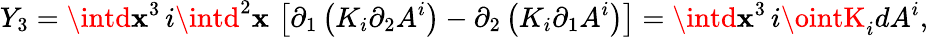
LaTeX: Y_{3}=\intd\mathbf{x}^{3}\, i\intd^{2}\mathbf{x}\, \left[\partial_{1}\left(K_{i}\partial_{2}A^{i}\right)-\partial_{2}\left(K_{i}\partial_{1}A^{i}\right)\right]=\intd\mathbf{x}^{3}\, i\ointK_{i}dA^{i},